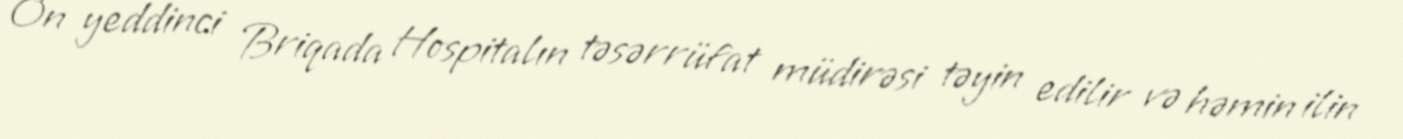
On yeddinci Briqada Hospitalın təsərrüfat müdirəsi təyin edilir və həmin ilin